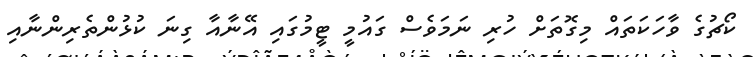
ކޯޗުގެ ވާހަކަތައް މިގޮތަށް ހުރި ނަމަވެސް ގައުމީ ޓީމުގައި އޭނާއާ ގިނަ ކުޅުންތެރިންނާއި